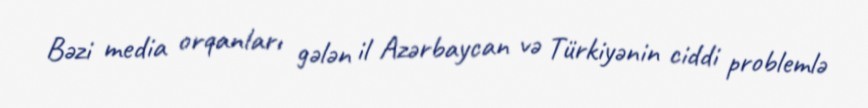
Bəzi media orqanları gələn il Azərbaycan və Türkiyənin ciddi problemlə